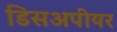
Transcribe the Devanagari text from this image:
डिसअपीयर